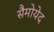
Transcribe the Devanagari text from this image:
सैमोयेद